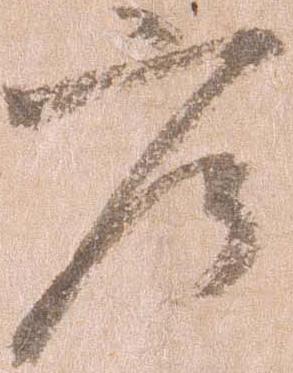
庄